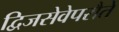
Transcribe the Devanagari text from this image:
द्विजसेवेपरौतें